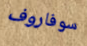
سوفاروف